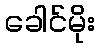
ခေါင်မိုး